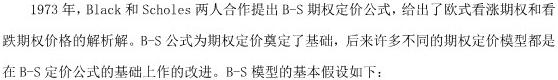
1973年，Black和Scholes两人合作提出B - S期权定价公式，给出了欧式看涨期权和看跌期权价格的解析解。B - S公式为期权定价奠定了基础，后来许多不同的期权定价模型都是在B - S定价公式的基础上作的改进。B - S模型的基本假设如下：